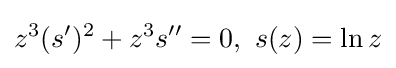
z^{3}(s^{\prime })^{2}+z^{3}s^{\prime \prime }=0,\ s(z)=\ln z